Report of the Indian Hemp Drugs Commission, 1894-1895 - Volume VII
Year: 1894
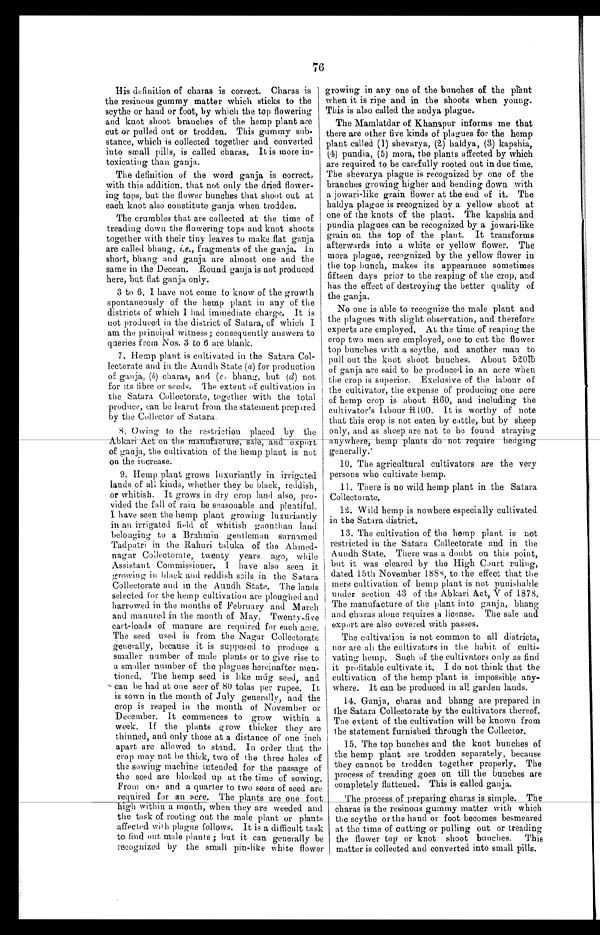
76
His definition of charas is correct. Charas is
the resinous gummy matter which sticks to the
scythe or hand or foot, by which the top flowering
and knot shoot branches of the hemp plant are
cut or pulled out or trodden. This gummy sub
-
stance, which is collected together and converted
into small pills, is called charas. It is more in-
-toxicating than ganja.
The definition of the word ganja is correct,
with this addition, that not only the dried flower
-
ing tops, but the flower bunches that shoot out at
each knot also constitute ganja when trodden.
The crumbles that are collected at the time of
treading down the flowering tops and knot shoots
together with their tiny leaves to make flat ganja
are called bhang, i.e., fragments of the ganja. In
short, bhang and ganja are almost one and the
same in the Deccan. Round ganja is not produced
here, but flat ganja only.
3 to 6. I have not come to know of the growth
spontaneously of the hemp plant in any of the
districts of which I had immediate charge. It is
not produced in the district of Satara, of which I
am the principal witness; consequently answers to
queries from Nos. 3 to 6 are blank.
7. Hemp plant is cultivated in the Satara Col
-
lectorate and in the Aundh State ( a ) for production
of ganja, (b) charas, and ( c) b h a n g , b u t (
d ) n o t
for its fibre or seeds. The extent of cultivation in
the Satara Collectorate, together with the total
produce, can be learnt from the statement prepared
by the Collector of Satara.
8 . O w i n g t o t h e r e s t r i c t i o n p l a c e d b y t h e
Abkari Act on the manufacture, sale, and export
of ganja, the cultivation of the hemp plant is not
on the increase.
9. Hemp plant grows luxuriantly in irrigated
lands of all kinds, whether they be black, reddish,
or whitish. It grows in dry crop land also, pro
-
vided the fall of rain be seasonable and plentiful.
I have seen the hemp plant growing luxuriantly
in an irrigated field of whitish gaonthan land
belonging to a Brahmin gentleman surnamed
Tadpatri in the Rahuri taluka of the Ahmed
-
nagar Collectorate, twenty years ago, while
Assistant Commissioner. I have also seen it
growing in black and reddish sails in the Satara
Collectorate and in the Aundh State. The lands
selected for the hemp cultivation are ploughed and
harrowed in the months of February and March
and manured in the month of May.
T w e n t y - f i v e
cart-loads of manure are required for each acre.
The seed used is from the Nagar Collectorate
generally, because it is supposed to produce a
smaller number of male plants or to give rise to
a smaller number of the plagues hereinafter men
-
tioned. The hemp seed is like múg seed, and
can be had at one seer of 80 tolas per rupee. It
is sown in the month of July generally, and the
crop is reaped in the month of November or
December. It commences to grow within a
week. If the plants grow thicker they are
thinned, and only those at a distance of one inch
apart are allowed to stand. In order that the
crop may not be thick, two of the three holes of
the sowing machine intended for the passage of
the seed are blocked up at the time of sowing.
From one and a quarter to two seers of seed are
required for an acre. The plants are one foot
high within a month, when they are weeded and
the task of rooting out the male plant or plants
affected with plague follows. It is a difficult task
to find. out male plants ; but it can generally be
recognized by the small pin-like white flower
growing in any one of the bunches of the plant
when it is ripe and in the shoots when young.
This is also called the andya plague.
The Mamlatdar of Khanapur informs me that
there are other five kinds of plagues for the hemp
plant called (1) shevarya, (2) haldya, (3) kapshia,
(4) pundia, (5) mora, the plants affected by which
are required to be carefully rooted out in due time.
The shevarya plague is recognized by one of the
branches growing higher and bending down with
a jowari-like grain flower at the end of it. The
haldya plague is recognized by a yellow shoot at
one of the knots of the plant. The kapshia and
pundia plagues can be recognized by a jowari-like
grain on the top of the plant. It transforms
afterwards into a white or yellow flower. The
mora plague, recognized by the yellow flower in
the top bunch, makes its appearance sometimes
fifteen days prior to the reaping of the crop, and
has the effect of destroying the better quality of
the ganja.
No one is able to recognize the male plant and
the plagues with slight observation, and therefore
experts are employed. At the time of reaping the
crop two men are employed, one to cut the flower
top bunches with a scythe, and another man to
pull out the knot shoot bunches. About 520lb
of ganja are said to be produced in an acre when
the crop is superior. Exclusive of the labour of
the cultivator, the expense of producing one acre
of hemp crop is about R60, and including the
cultivator's labour R100. It is worthy of note
that this crop is not eaten by cattle, but by sheep
only, and as sheep are not to be found straying
any where, hemp plants do not require hedging
generally.
10. The agricultural cultivators are the very
persons who cultivate hemp.
11. There is no wild. hemp plant in the Satara
Collectorate.
12. Wild hemp is nowhere especially cultivated
in the Satara district.
13. The cultivation of the hemp plant is not
restricted in the Satara Collectorate and in the
Aundh State. There was a doubt on this point,
but it was cleared by the High Court ruling,
dated 15th November 1888, to the effect that the
mere cultivation of hemp plant is not punishable
under section 43 of the Abkari Act, V of 1878.
The manufacture of the plant into ganja, bhang
and charas alone requires a license. The sale and
export are also covered with passes.
The cultivation is not common to all districts,
nor are ali the cultivators in the habit of culti
-
vating hemp. Such of the cultivators only as find
it profitable cultivate it. I do not think that the
cultivation of the hemp plant is impossible any
-
where, it can be produced in all garden lands.
14. Ganja, charas and bhang are prepared in
the Satara Collectorate by the cultivators thereof.
The extent of the cultivation will be known from
the statement furnished through the Collector.
15. The top bunches and the knot bunches of
the hemp plant are trodden separately, because
they cannot be trodden together properly. The
process of treading goes on till the bunches are
completely flattened. This is called ganja.
The process of preparing charas is simple. The
charas is the resinous gummy matter with which
the scythe or the hand or foot becomes besmeared
at the time of cutting or pulling out or treading
the flower top or knot shoot bunches. This
matter is collected and converted into small pills.